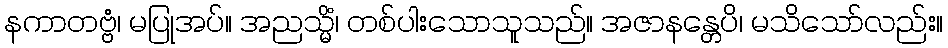
နကာတဗ္ဗံ၊ မပြုအပ်။ အညသ္မိံ၊ တစ်ပါးသောသူသည်။ အဇာနန္တေပိ၊ မသိသော်လည်း။